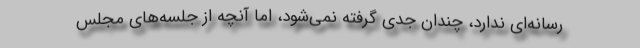
رسانه‌ای ندارد، چندان جدی گرفته نمی‌شود، اما آنچه از جلسه‌های مجلس